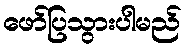
ဖော်ပြသွားပါမည်